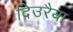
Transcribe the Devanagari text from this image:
दिउरैया